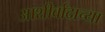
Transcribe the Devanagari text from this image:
आशीर्वादाच्या